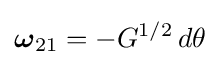
{\boldsymbol {\omega }}_{21}=-G^{1/2}\,d\theta